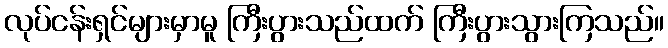
လုပ်ငန်းရှင်များမှာမူ ကြီးပွားသည်ထက် ကြီးပွားသွားကြသည်။